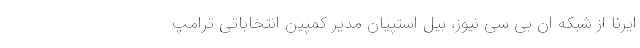
ایرنا از شبکه ان بی سی نیوز، بیل استپیان مدیر کمپین انتخاباتی ترامپ